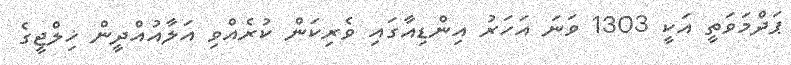
ޕަދްމަވަތީ އަކީ 1303 ވަނަ އަހަރު އިންޑިއާގައި ވެރިކަން ކުރެއްވި އަލާއުއްދީން ޚިލްޖީގެ